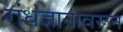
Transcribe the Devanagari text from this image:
गंधज्ञानावरून